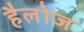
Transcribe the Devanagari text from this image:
हैलोज